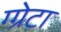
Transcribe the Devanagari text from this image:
ग्ग्रेटा